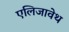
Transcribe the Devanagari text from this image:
एलिजावेथ